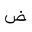
Letter: _dad